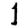
Digit: 1